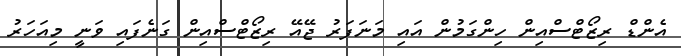
އެންޑް ރިޒޯޓްސްއިން ހިންގަމުން އައި މަނަފަރު ޖޭއޭ ރިޒޯޓްސްއިން ގަނެފައި ވަނީ މިއަހަރު